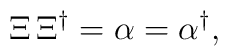
\Xi\,\Xi^\dagger =\alpha=\alpha^{\dagger},